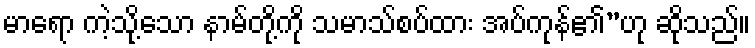
မာရော ကဲ့သို့သော နာမ်တို့ကို သမာသ်စပ်ထား အပ်ကုန်၏”ဟု ဆိုသည်။